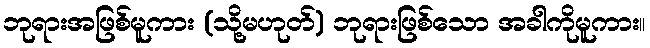
ဘုရားအဖြစ်မူကား (သို့မဟုတ်) ဘုရားဖြစ်သော အခါကိုမူကား။